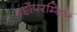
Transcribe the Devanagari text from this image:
वट्टोंपरम्बिल